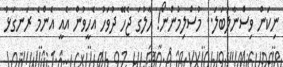
ނިކަން ވިސްނާލަބަލަ.. މުސްލިމުންނޯ! ހާލުގަ ޖެހޭ ދުވަހު އެހީވުން އެއީ އެންމެ ރަނގަޅު